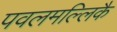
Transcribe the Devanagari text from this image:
पवलमल्लिकै